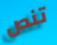
تنص